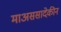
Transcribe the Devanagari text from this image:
माअससादेकीन